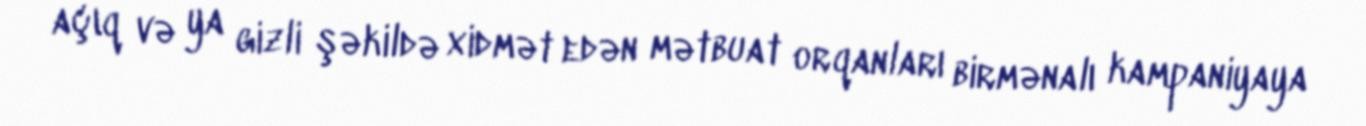
açıq və ya gizli şəkildə xidmət edən mətbuat orqanları birmənalı kampaniyaya